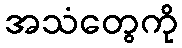
အသံတွေကို